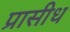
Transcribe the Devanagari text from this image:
प्रासीध